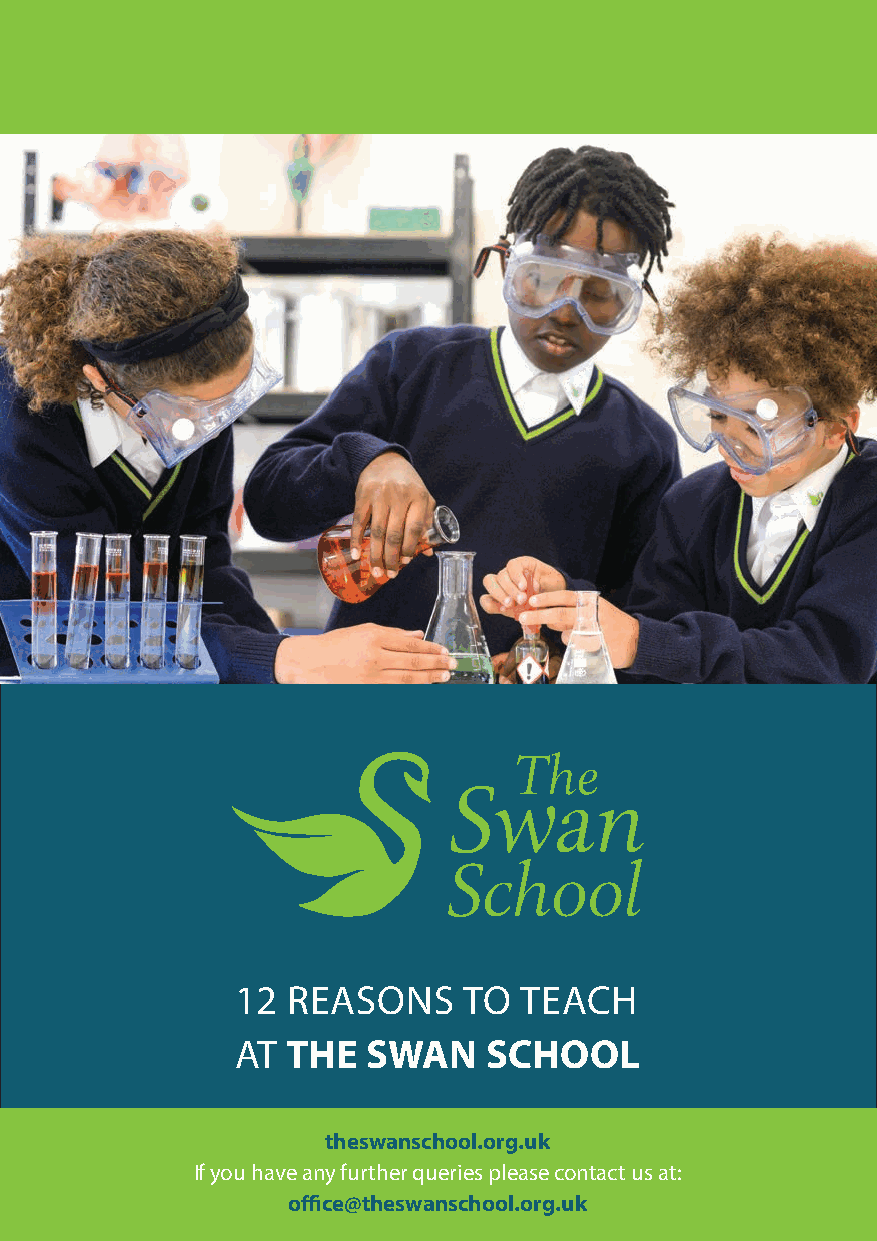
12 REASONS     TO TEACH
 AT THE  SWAN    SCHOOL
 theswanschool.org.uk
 If you have any further queries please contact us at:
 office@theswanschool.org.uk